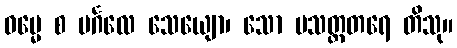
ဓမ္မေ စ မင်္ဂလေ သေယျော၊ သော ပသတ္ထတရေ တိသု။